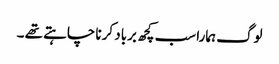
لوگ ہمارا سب کچھ برباد کرنا چاہتے تھے ۔